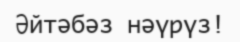
Әйтәбәз нәүрүз!